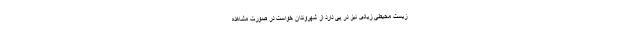
زیست محیطی زیادی نیز در پی دارد از شهروندان خواست در صورت مشاهده